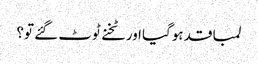
لمبا قد ہوگیا اور ٹخنے ٹوٹ گئے تو؟